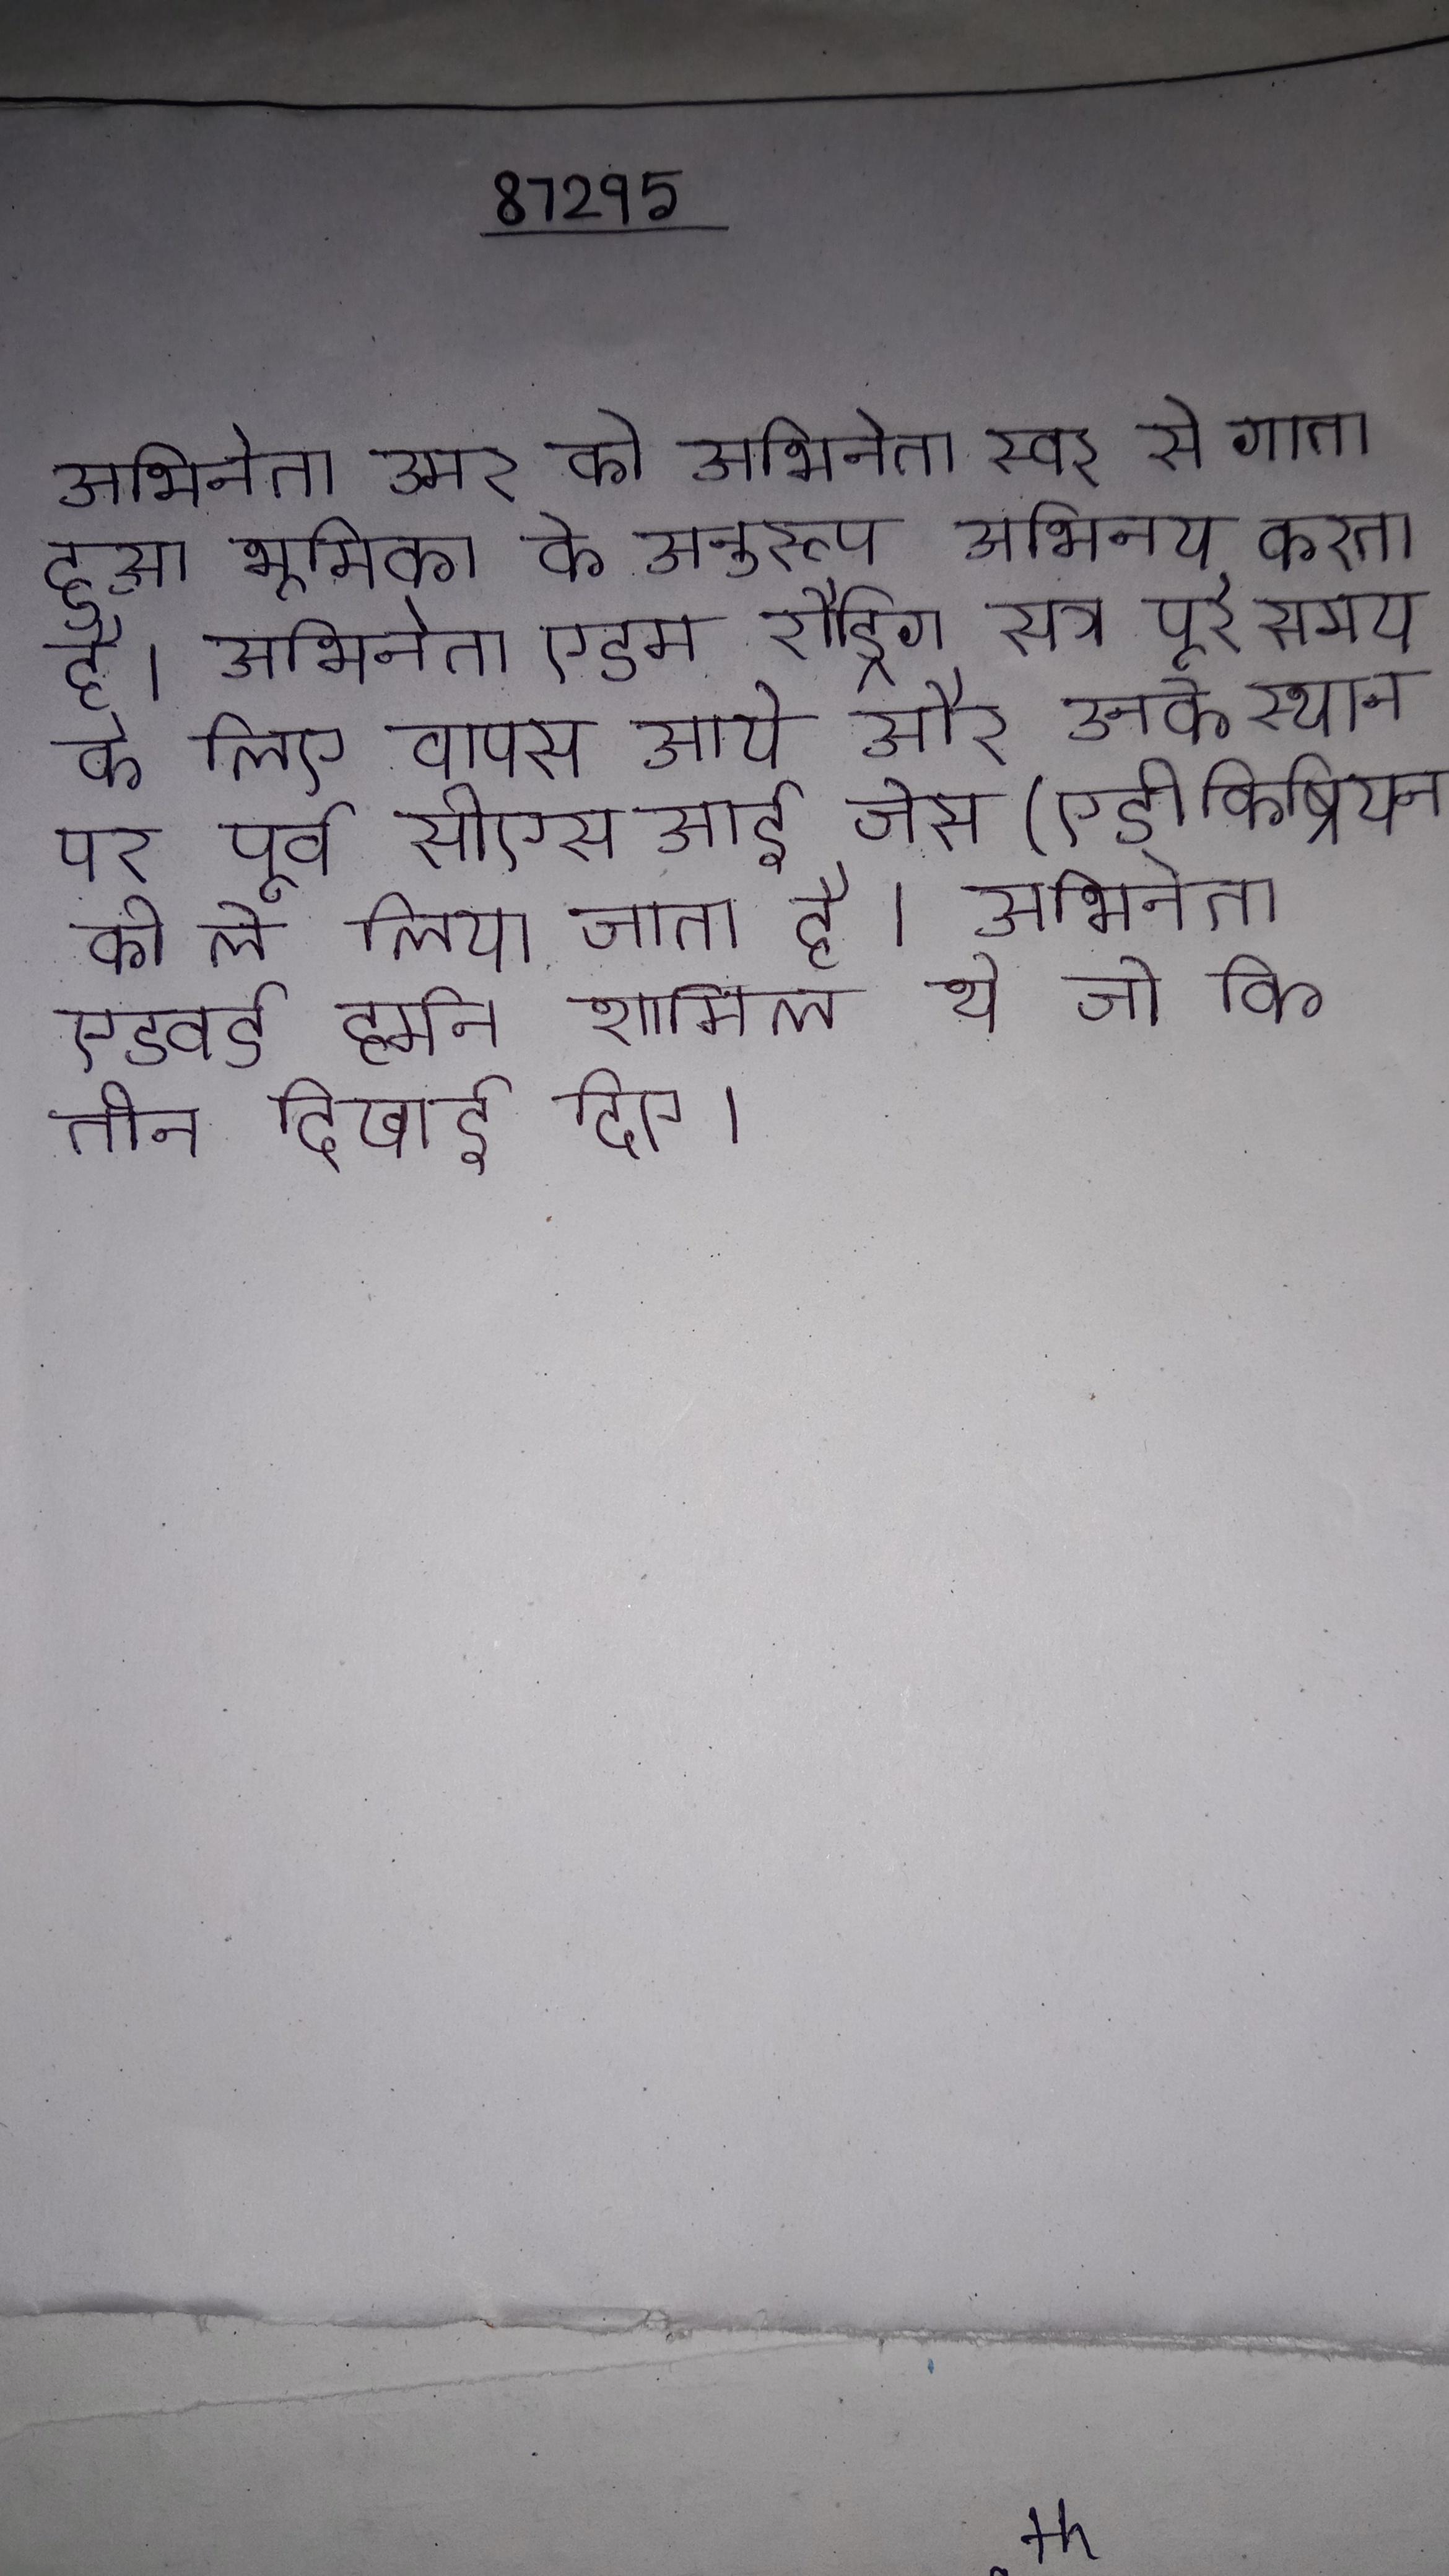
अभिनेता उमर को अभिनेता स्वर से गाता हुआ भूमिका के अनुरूप अभिनय करता है । अभिनेता एडम रौड्रिग सत्र पूरे समय के लिए वापस आये और उनके स्थान पर पूर्व सीएसआई जेस (एडी किब्रियन) को ले लिया जाता है । अभिनेता एडवर्ड हर्मन शामिल थे जो कि तीन दिखाई दिए ।